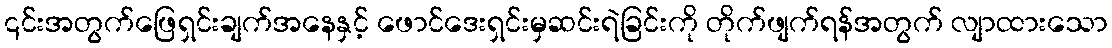
၎င်းအတွက်ဖြေရှင်းချက်အနေနှင့် ဖောင်ဒေးရှင်းမှဆင်းရဲခြင်းကို တိုက်ဖျက်ရန်အတွက် လျာထားသော